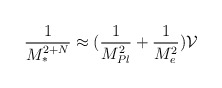
\begin{align*}\frac{1}{M_{*}^{2+N}} \approx (\frac{1}{M_{Pl}^{2}} + \frac{1}{M_{e}^{2}}){\cal V}\end{align*}